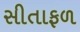
સીતાફળ